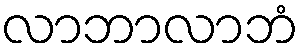
လာဘာလာဘံ